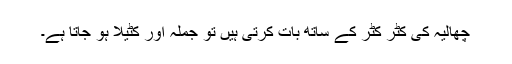
چھالیہ کی کٹر کٹر کے ساتھ بات کرتی ہیں تو جملہ اور کٹیلا ہو جاتا ہے۔